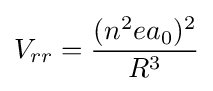
V_{rr}={\frac {(n^{2}ea_{0})^{2}}{R^{3}}}